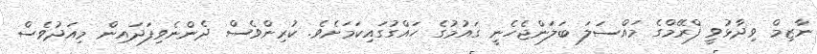
ނާޒިމް ވިދާޅުވީ ފްރޭމްގެ މައްސަލަ ބަލަންޖެހެނީ ގައުމުގެ ހައްގުގައިކަމަށެވެ. ކުރިންވެސް ދެންނެވިފަދައިން މިއަދުވެސް